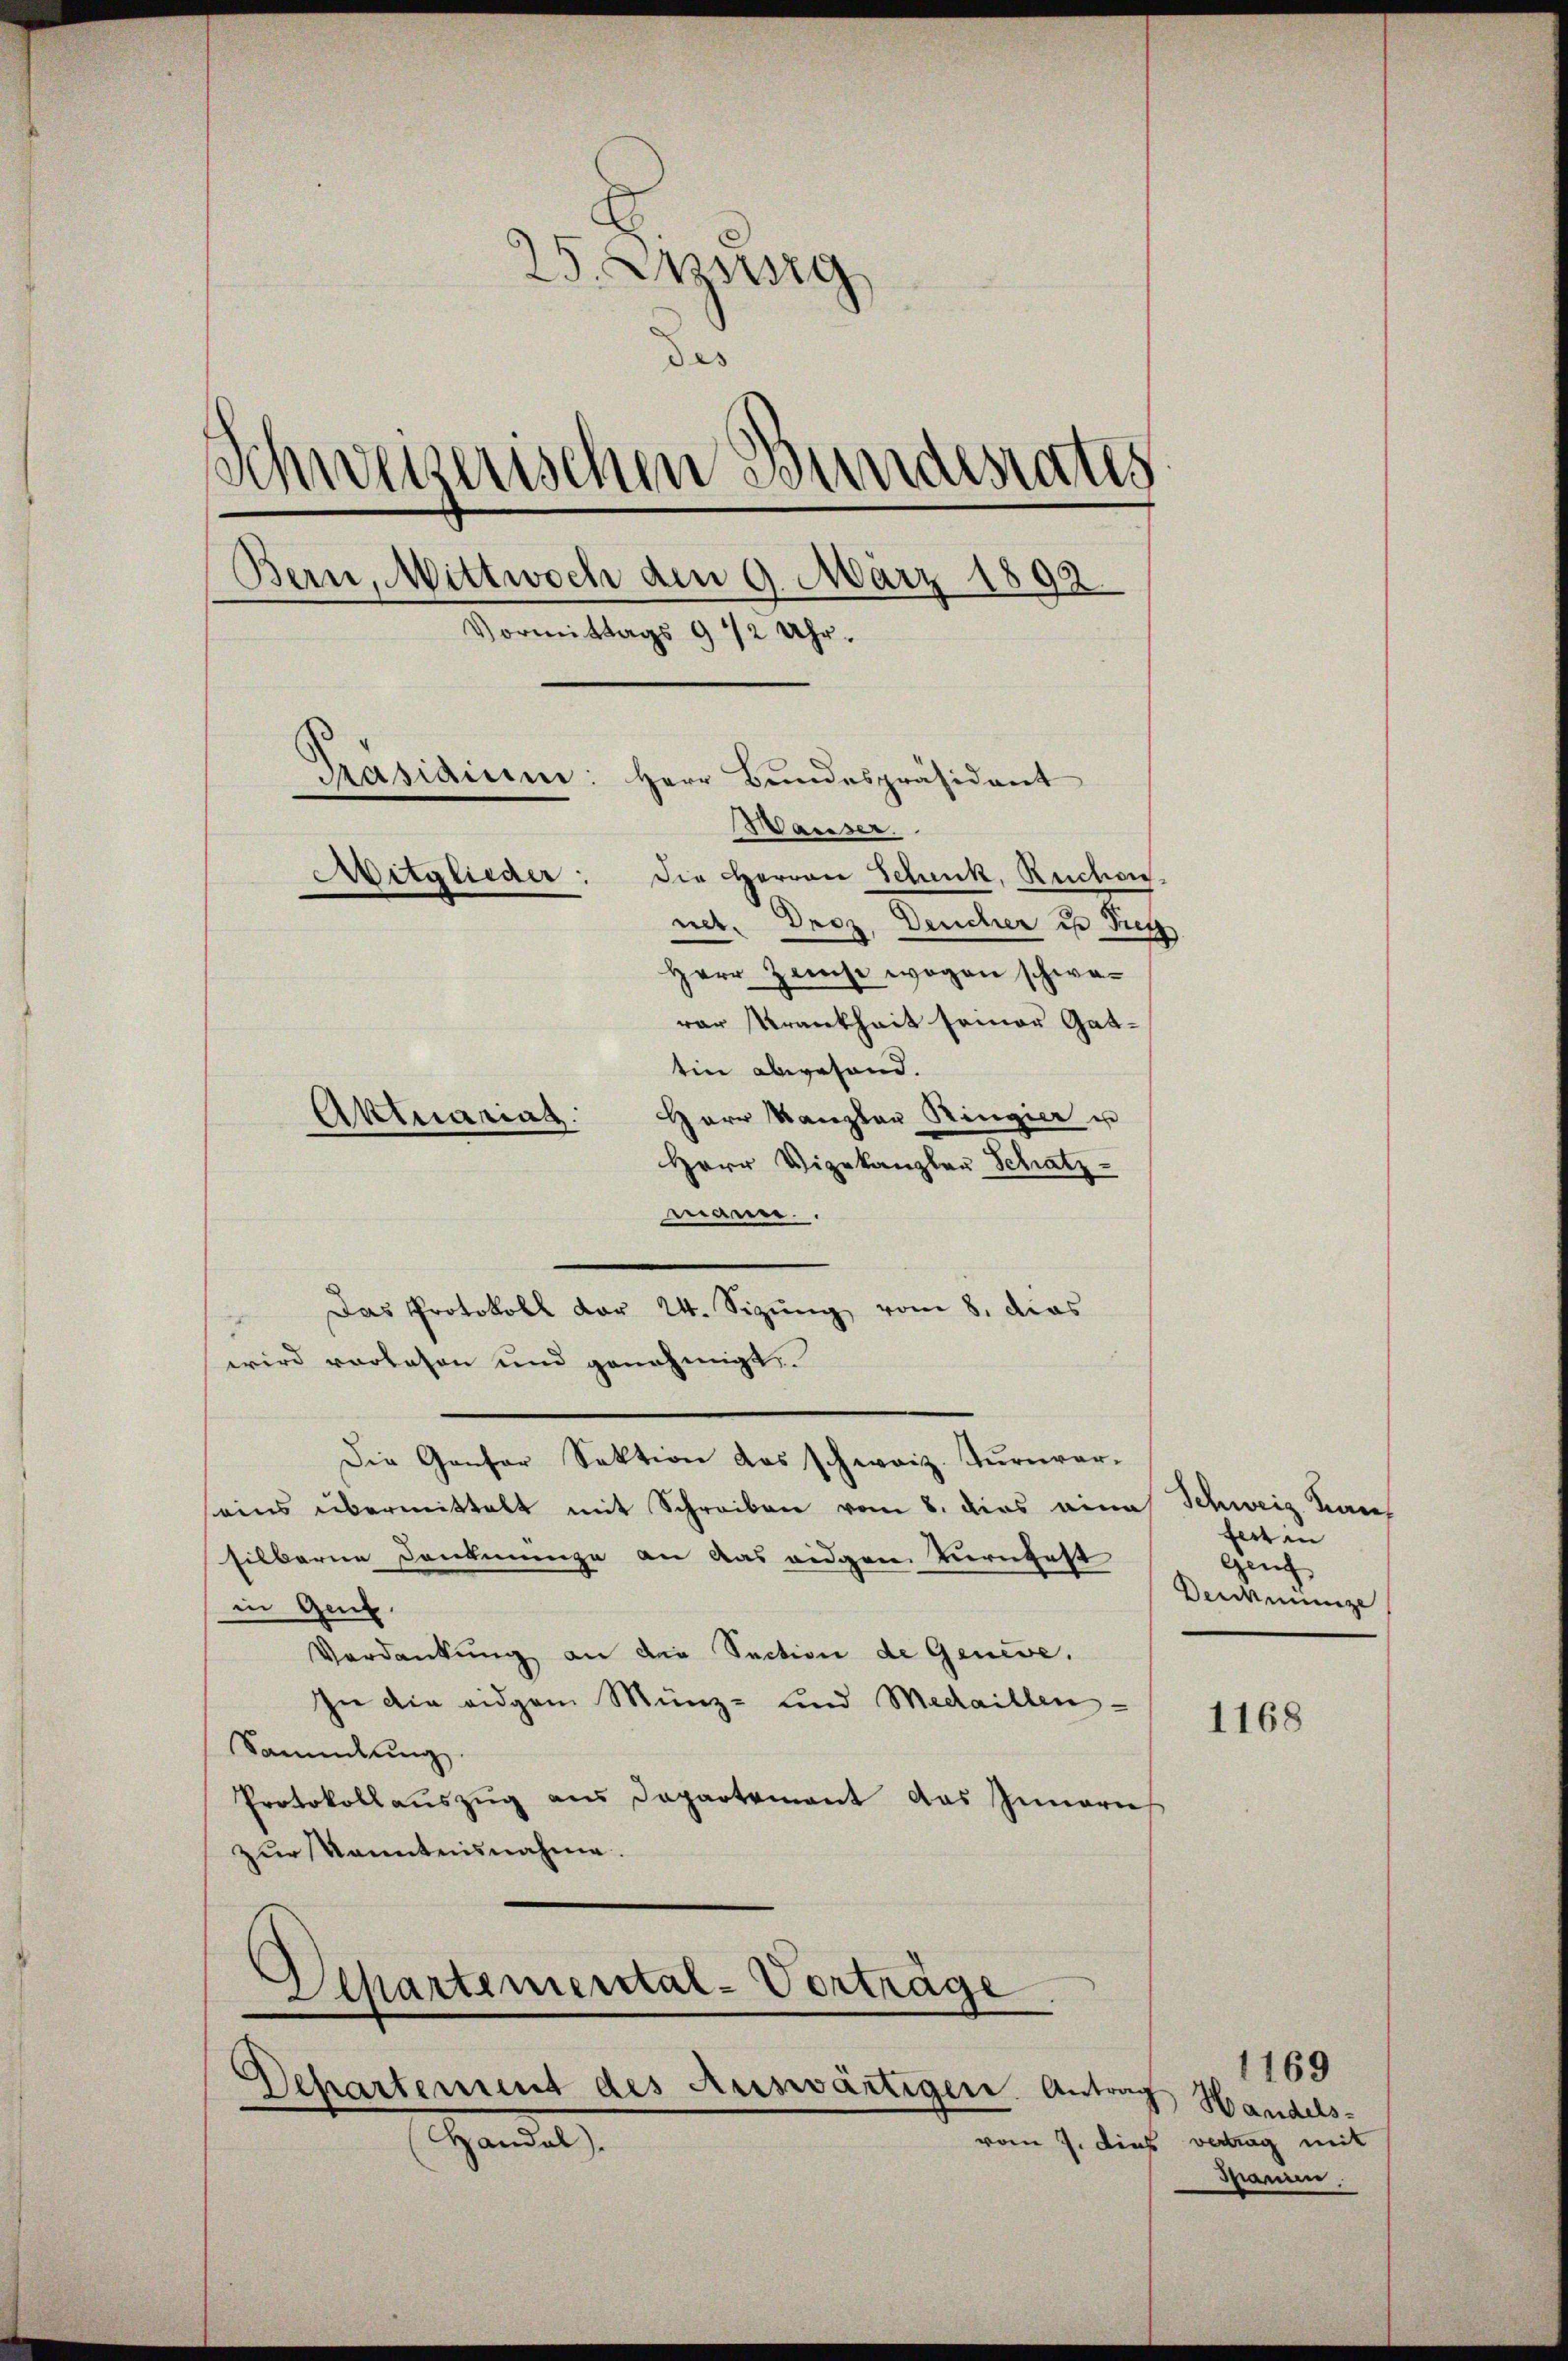
25. Jung
¬
des
Schweizerischen Bundesrates
Bern, Wittwoch den 9. März 1892
Vormittags 9 1/2 Uhr.
Präsidium: Herr Bundespräsident
Wauser.
Aitglieder: die Herren Schenk, Ruchen-
net. Droz. Deucher in Fuss
Herr Hause wegen schwerar Krankheit seiner Gattin abwesend.
Herr Kanzler Ringier u
Aktuarias.

Herr Vizekanzler Schatz-
manier.
wird vorlesen und genehmigt.
Die Genfer Sektion das schweiz. Turnver-
seins übermittelt mit Schreiben vom 8. dies eine Schweiz. Karl
silberne Konkunge an das eidgen Turnfest
in Genf.
Verdankung an die Section de Geneve.
In die eidgen Münz- und Medaillen¬
Sammlung.
Protokollauszug aus Dapartement das Innern
zur kanntnisnahme.
Separtemental-Vorträge
e
Departement des Auswärtigen. Antrag
Handelt
vom 7. dies vertrag mit

Das Protokoll der 24. Sizŭng vom 8. dies

fert in
Genf
Dereinige

1168

1169
Handels-
Mammen